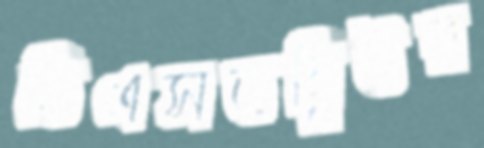
ডিএসডব্লিউর